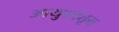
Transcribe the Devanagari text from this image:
आयुधांतून